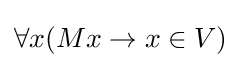
\forall x(Mx\to x\in V)